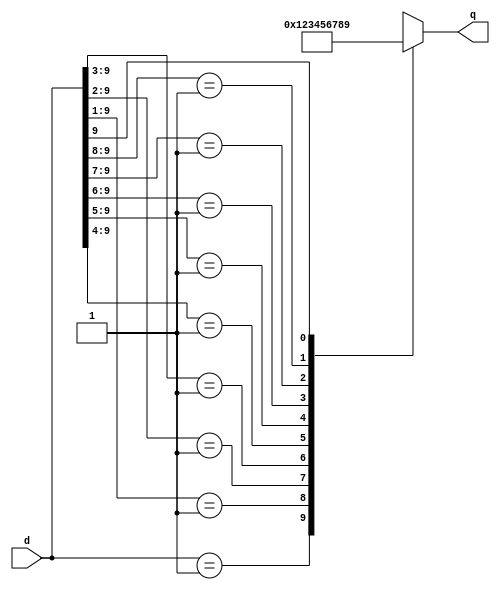
module decimal_to_priority_encoder(d,q);
	input [9:0]d;
	output reg [3:0] q;

	always @(*)begin
		q = 4'bx;
		
		casex(d) 
      10'b0000000001: q = 0;
      10'b000000001?: q = 1;
      10'b00000001??: q = 2;
      10'b0000001???: q = 3;
      10'b000001????: q = 4;
      10'b00001?????: q = 5;
      10'b0001??????: q = 6;
      10'b001???????: q = 7;
      10'b01????????: q = 8;
      10'b1?????????: q = 9;
		default: q = 4'bx;
		endcase
	end
endmodule